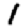
Digit: 1